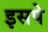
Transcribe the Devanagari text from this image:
इसपे